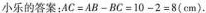
小乐的答案：$$AC = AB - BC = 10 - 2 = 8 (cm)$$。